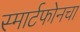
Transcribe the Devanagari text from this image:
स्मार्टफोनचा